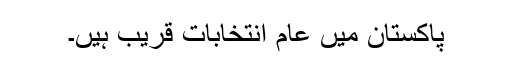
پاکستان میں عام انتخابات قریب ہیں۔